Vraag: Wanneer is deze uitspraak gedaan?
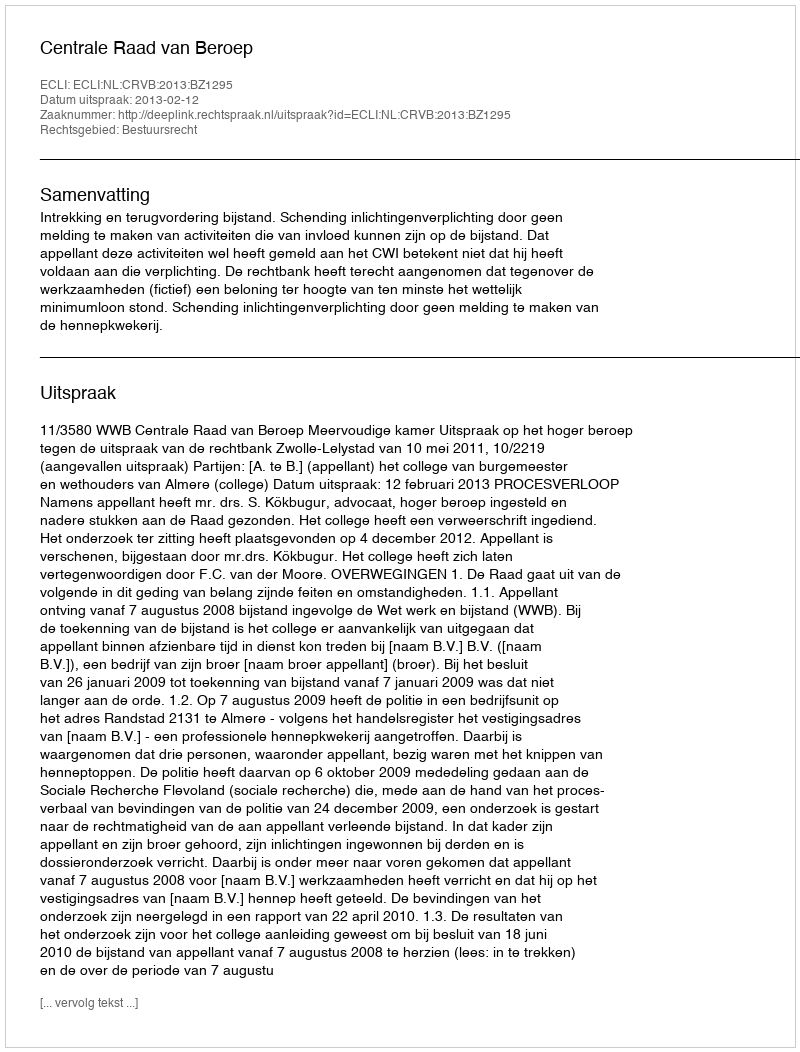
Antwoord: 2013-02-12